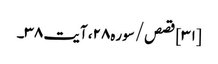
[۳۱] قصص/سوره۲۸، آیت ۳۸۔